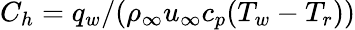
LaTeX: C_{h}=q_{w}/(\rho_{\infty}u_{\infty}c_{p}(T_{w}-T_{r}))